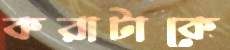
করাটাকে